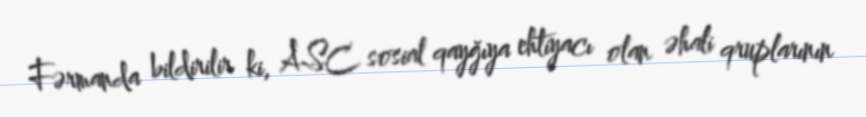
Fərmanda bildirilir ki, ASC sosial qayğıya ehtiyacı olan əhali qruplarının